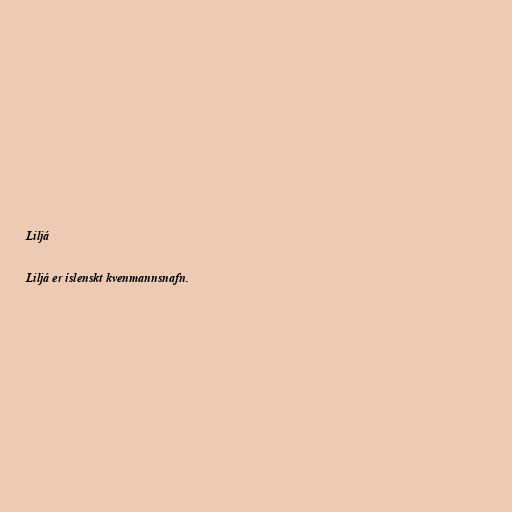
Liljá

Liljá er íslenskt kvenmannsnafn.